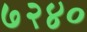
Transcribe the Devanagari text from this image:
७२४०